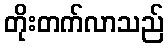
တိုးတက်လာသည်